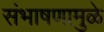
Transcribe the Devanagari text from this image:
संभाषणामुळे